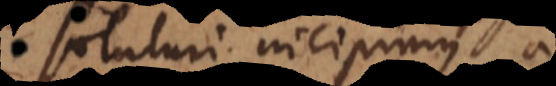
soluturi incipimus a